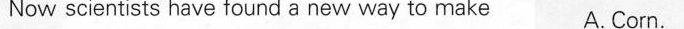
Now scientists have found a new way to make A.Corn.